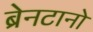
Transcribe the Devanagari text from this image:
ब्रेनटानो